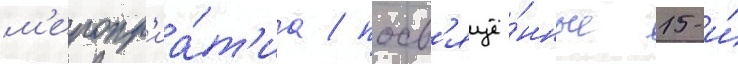
м'еропр'иа́т'иа / посв'ящё́нные 15-и́